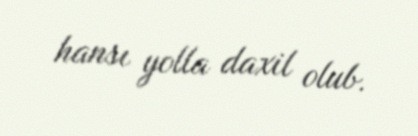
hansı yolla daxil olub.